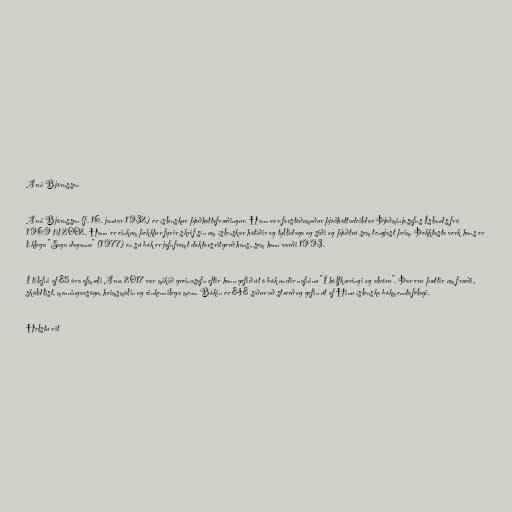
Árni Björnsson

Árni Björnsson (f. 16. janúar 1932) er íslenskur þjóðháttafræðingur. Hann var forstöðumaður þjóðháttadeildar Þjóðminjasafns Íslands frá
1969 til 2002. Hann er einkum þekktur fyrir skrif sín um íslenskar hátíðir og tyllidaga og siði og þjóðtrú sem tengjast þeim. Þekktasta verk hans er
líklega "Saga daganna" (1977) en sú bók er jafnframt doktorsritgerð hans, sem hann varði 1993.

Í tilefni af 85 ára afmæli Árna 2017 var mikið greinasafn eftir hann gefið út á bók undir nafninu "Í hálfkæringi og alvöru". Þar eru þættir um fræði,
skáldlist, menningarsögu, heimsmálin og einkennilega menn. Bókin er 848 síður að stærð og gefin út af Hinu íslenska bókmenntafélagi.

Helstu rit